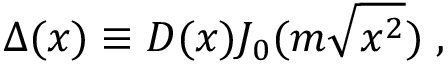
\Delta ( x ) \equiv D ( x ) J _ { 0 } ( m \sqrt { x ^ { 2 } } ) \; ,